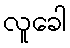
လူခေါ